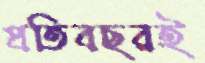
প্রতিবছরই